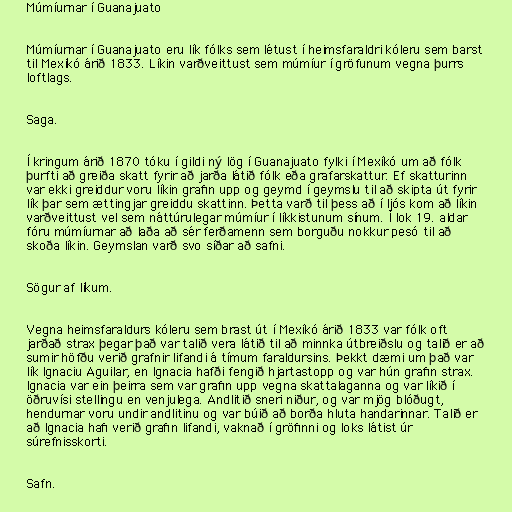
Múmíurnar í Guanajuato

Múmíurnar í Guanajuato eru lík fólks sem létust í heimsfaraldri kóleru sem barst
til Mexíkó árið 1833. Líkin varðveittust sem múmíur í gröfunum vegna þurrs
loftlags.

Saga.

Í kringum árið 1870 tóku í gildi ný lög í Guanajuato fylki í Mexíkó um að fólk
þurfti að greiða skatt fyrir að jarða látið fólk eða grafarskattur. Ef skatturinn
var ekki greiddur voru líkin grafin upp og geymd í geymslu til að skipta út fyrir
lík þar sem ættingjar greiddu skattinn. Þetta varð til þess að í ljós kom að líkin
varðveittust vel sem náttúrulegar múmíur í líkkistunum sínum. Í lok 19. aldar
fóru múmíurnar að laða að sér ferðamenn sem borguðu nokkur pesó til að
skoða líkin. Geymslan varð svo síðar að safni.

Sögur af líkum.

Vegna heimsfaraldurs kóleru sem brast út í Mexíkó árið 1833 var fólk oft
jarðað strax þegar það var talið vera látið til að minnka útbreiðslu og talið er að
sumir höfðu verið grafnir lifandi á tímum faraldursins. Þekkt dæmi um það var
lík Ignaciu Aguilar, en Ignacia hafði fengið hjartastopp og var hún grafin strax.
Ignacia var ein þeirra sem var grafin upp vegna skattalaganna og var líkið í
öðruvísi stellingu en venjulega. Andlitið sneri niður, og var mjög blóðugt,
hendurnar voru undir andlitinu og var búið að borða hluta handarinnar. Talið er
að Ignacia hafi verið grafin lifandi, vaknað í gröfinni og loks látist úr
súrefnisskorti.

Safn.